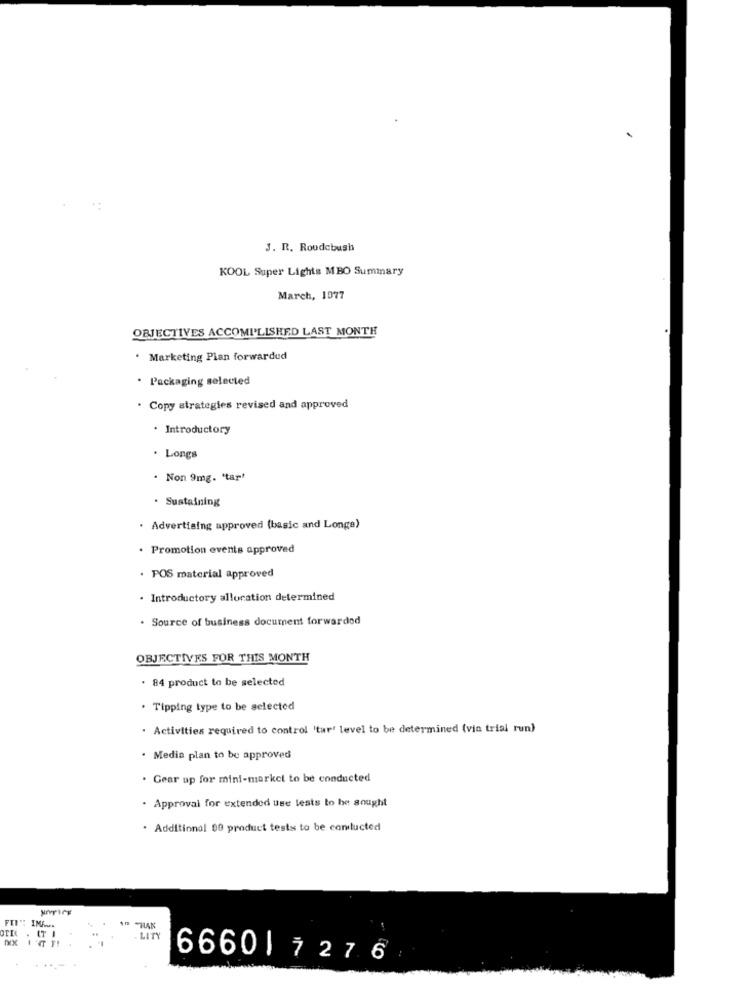
J. R. Roudebush
KOOL Super Lights MBO Summary
March, 1077
OBJECTIVES ACCOMI'LISHED LAST MONTH
. Marketing Plan forwardud
Packaging selected
. Copy strategies revised and approved
· Introductory
. Longs
. Non 9mg. 'tar'
. Sustaining
· Advertising approved (basic and Longe)
. Promotion events approved
. POS material approved
Introductory allocation determined
Source of business document forwarded
OBJECTIVES FOR THIS MONTH
· 84 product to be selected
· Tipping type to be selected
. Activities required to control 'tur' level to be determined (via trial run)
. Media plan to be approved
. Gear up for mini-market to be conducted
. Approval for extended use tests to be sought
. Additional 99 product tests to be comlucted
OTIL
LITY
6660| 7276
--